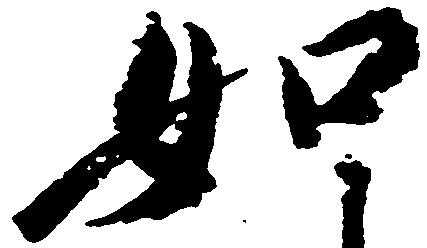
如